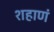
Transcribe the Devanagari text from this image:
शहाणं